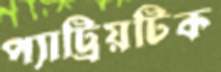
প্যাট্রিয়টিক